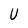
Character: U